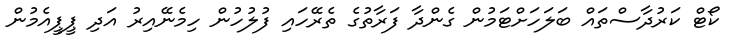
ކޯޓް ކަރުދާސްތައް ބަލަހަށްޓަމުން ގެންދާ ފަރާތުގެ ތެރޭހައި ފުލުހުން ހިމެނޭއިރު އަދި ޕީޕީއެމުން